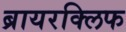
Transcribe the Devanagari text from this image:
ब्रायरक्लिफ